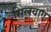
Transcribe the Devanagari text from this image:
सिलवाए